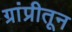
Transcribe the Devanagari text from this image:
ग्रांप्रीतून